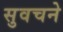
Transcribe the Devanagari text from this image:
सुवचने